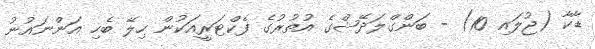
ޑާކާ (ޖުލައި 10) - ބަންގްލަދޭޝްގެ އުތުރުގެ ފެކްޓަރީއަކުން ހިލޭ ބެހި އަންނައުނު